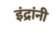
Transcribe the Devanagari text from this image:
इंद्रांनी